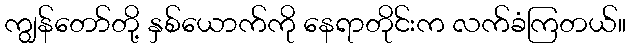
ကျွန်တော်တို့ နှစ်ယောက်ကို နေရာတိုင်းက လက်ခံကြတယ်။